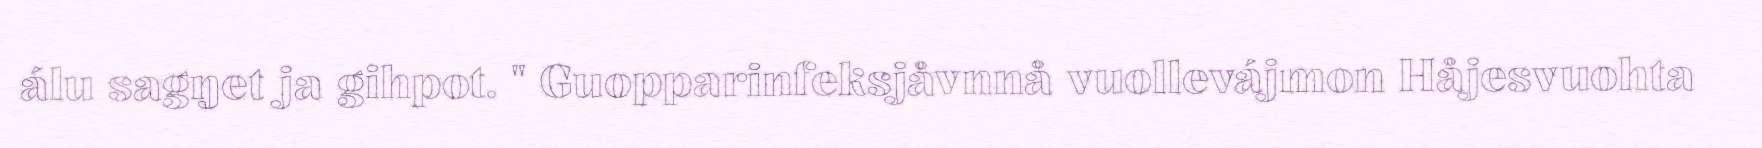
álu sagŋet ja gihpot. " Guopparinfeksjåvnnå vuollevájmon Håjesvuohta